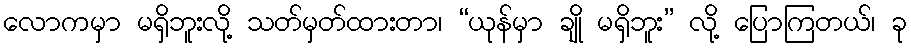
လောကမှာ မရှိဘူးလို့ သတ်မှတ်ထားတာ၊ “ယုန်မှာ ချို မရှိဘူး” လို့ ပြောကြတယ်၊ ခု